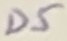
Text: D5